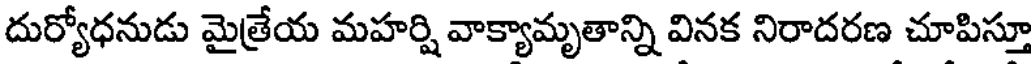
దుర్యోధనుడు మైత్రేయ మహర్షి వాక్యామృతాన్ని వినక నిరాదరణ చూపిస్తూ